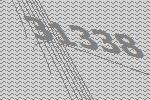
31338